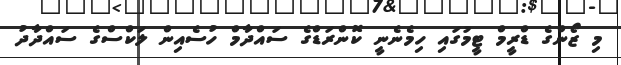
މި ޒޯންގެ ޑްރީމް ޓީމުގައި ހިމެނެނީ ކޮންރަޑްގެ ސައްދާމް ހުސެއިން ލަކްސްގެ ސައްދާދު